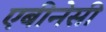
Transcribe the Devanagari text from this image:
एबीनेसी